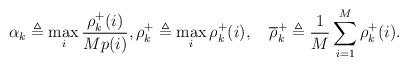
LaTeX: \begin{align*}\alpha_{k} \triangleq \max_i \frac{\rho^+_{k}(i)}{Mp(i)}, \rho^+_{k} \triangleq \max_i \rho^+_{k}(i), \quad\overline{\rho}^+_k \triangleq \frac{1}{M} \sum_{i=1}^M \rho^+_k(i).\end{align*}